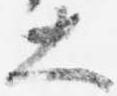
大